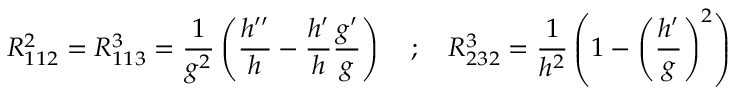
R _ { 1 1 2 } ^ { 2 } = R _ { 1 1 3 } ^ { 3 } = \frac { 1 } { g ^ { 2 } } \left( \frac { h ^ { \prime \prime } } { h } - \frac { h ^ { \prime } } { h } \frac { g ^ { \prime } } { g } \right) \quad ; \quad R _ { 2 3 2 } ^ { 3 } = \frac { 1 } { h ^ { 2 } } \left( 1 - \left( \frac { h ^ { \prime } } { g } \right) ^ { 2 } \right)